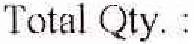
TOTAL QTY. :